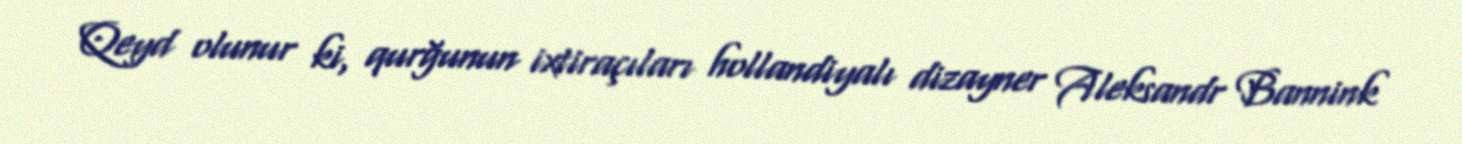
Qeyd olunur ki, qurğunun ixtiraçıları hollandiyalı dizayner Aleksandr Bannink